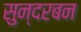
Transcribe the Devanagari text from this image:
सुन्दरबन